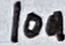
Text: 10n